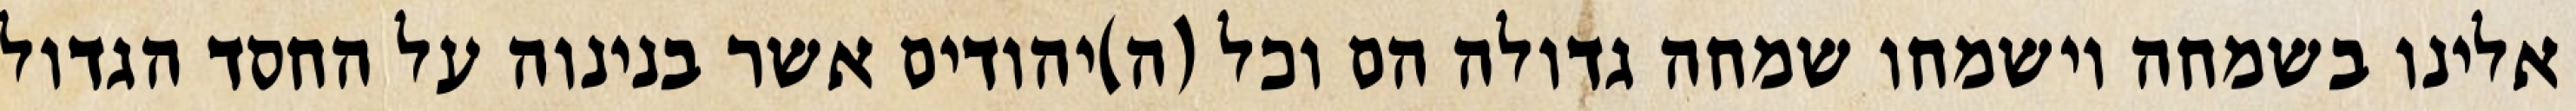
אלינו בשמחה וישמחו שמחה גדולה הם וכל (ה)יהודים אשר בנינוה על החסד הגדול